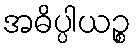
အဓိပ္ပါယဉ္စ